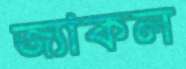
জ্যাকল